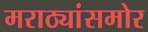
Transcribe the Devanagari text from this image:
मराठ्यांसमोर